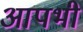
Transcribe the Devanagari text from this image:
आपभी